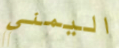
اليمني